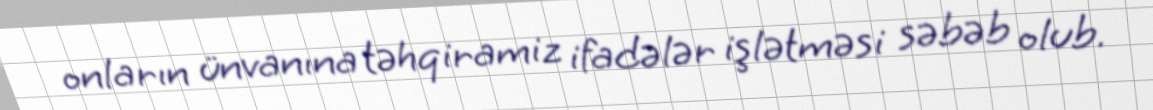
onların ünvanına təhqiramiz ifadələr işlətməsi səbəb olub.